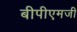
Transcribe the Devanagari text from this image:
बीपीएमजी